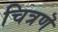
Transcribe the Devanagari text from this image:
चित्रणॆ